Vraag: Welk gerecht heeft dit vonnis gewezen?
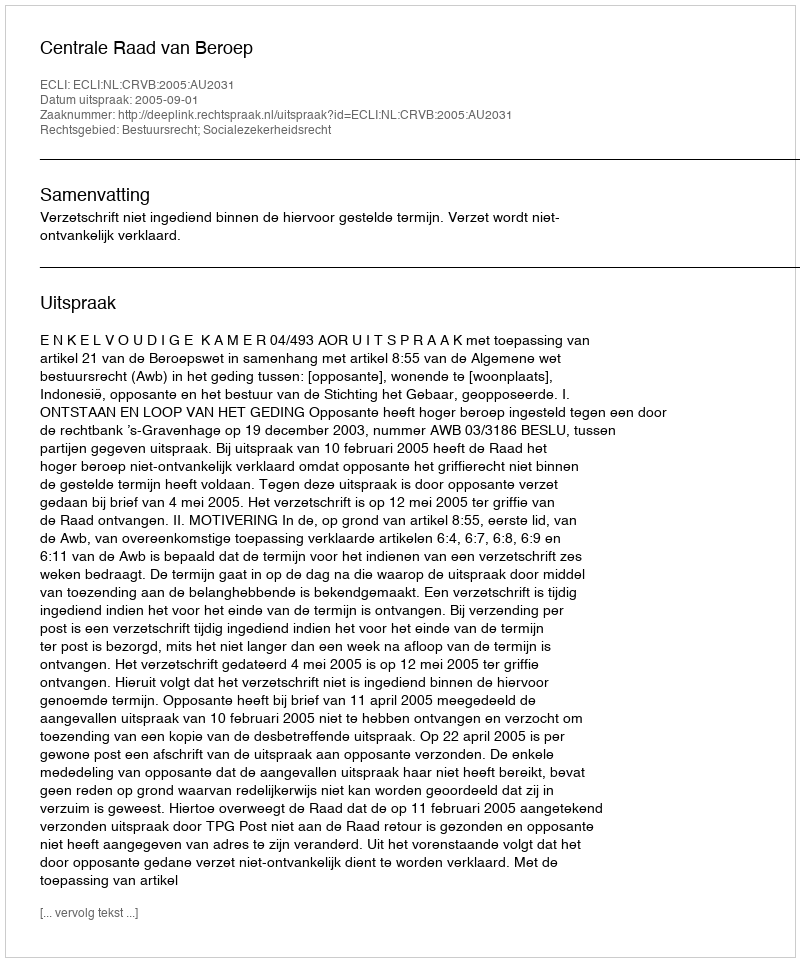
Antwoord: Centrale Raad van Beroep